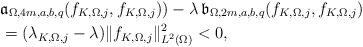
LaTeX: \begin{align*} & \mathfrak{a}_{\Omega,4m,a,b,q}(f_{K,\Omega,j},f_{K,\Omega,j})) - \lambda \, \mathfrak{b}_{\Omega,2m,a,b,q}(f_{K,\Omega,j},f_{K,\Omega,j}) \\ & = (\lambda_{K,\Omega,j} - \lambda) \|f_{K,\Omega,j}\|_{L^2(\Omega)}^2 < 0, \end{align*}